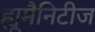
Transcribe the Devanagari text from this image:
ह्यूमैनिटीज